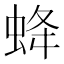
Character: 𧊵